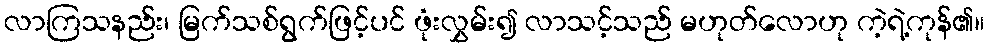
လာကြသနည်း၊ မြက်သစ်ရွက်ဖြင့်ပင် ဖုံးလွှမ်း၍ လာသင့်သည် မဟုတ်လောဟု ကဲ့ရဲ့ကုန်၏။